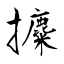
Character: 攗